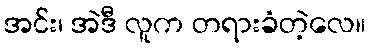
အင်း၊ အဲဒီ လူက တရားခံတဲ့လေ။